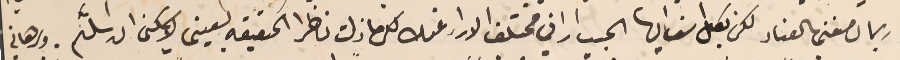
ربما تصفني بالعناد لكن بكل اسف أيها الحبيب اراني مختلف الاراء عنك لكن ما زلت ناظرا الحقيقه بعينى لا يمكن ان اسلَّم. وبرهاني